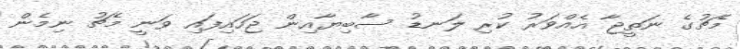
މެޗުގެ ނަތީޖާ އެއްވަރު ކުރި ލަނޑު ސާބިޔާއިން ޖަހައިފައި ވަނީ މެޗު ނިމެން